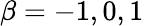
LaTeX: \beta=-1,0,1